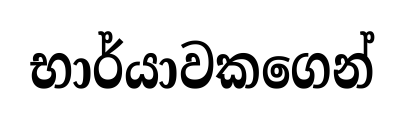
භාර්යාවකගෙන්